kultuurilooline_kollektsioon, lk 72
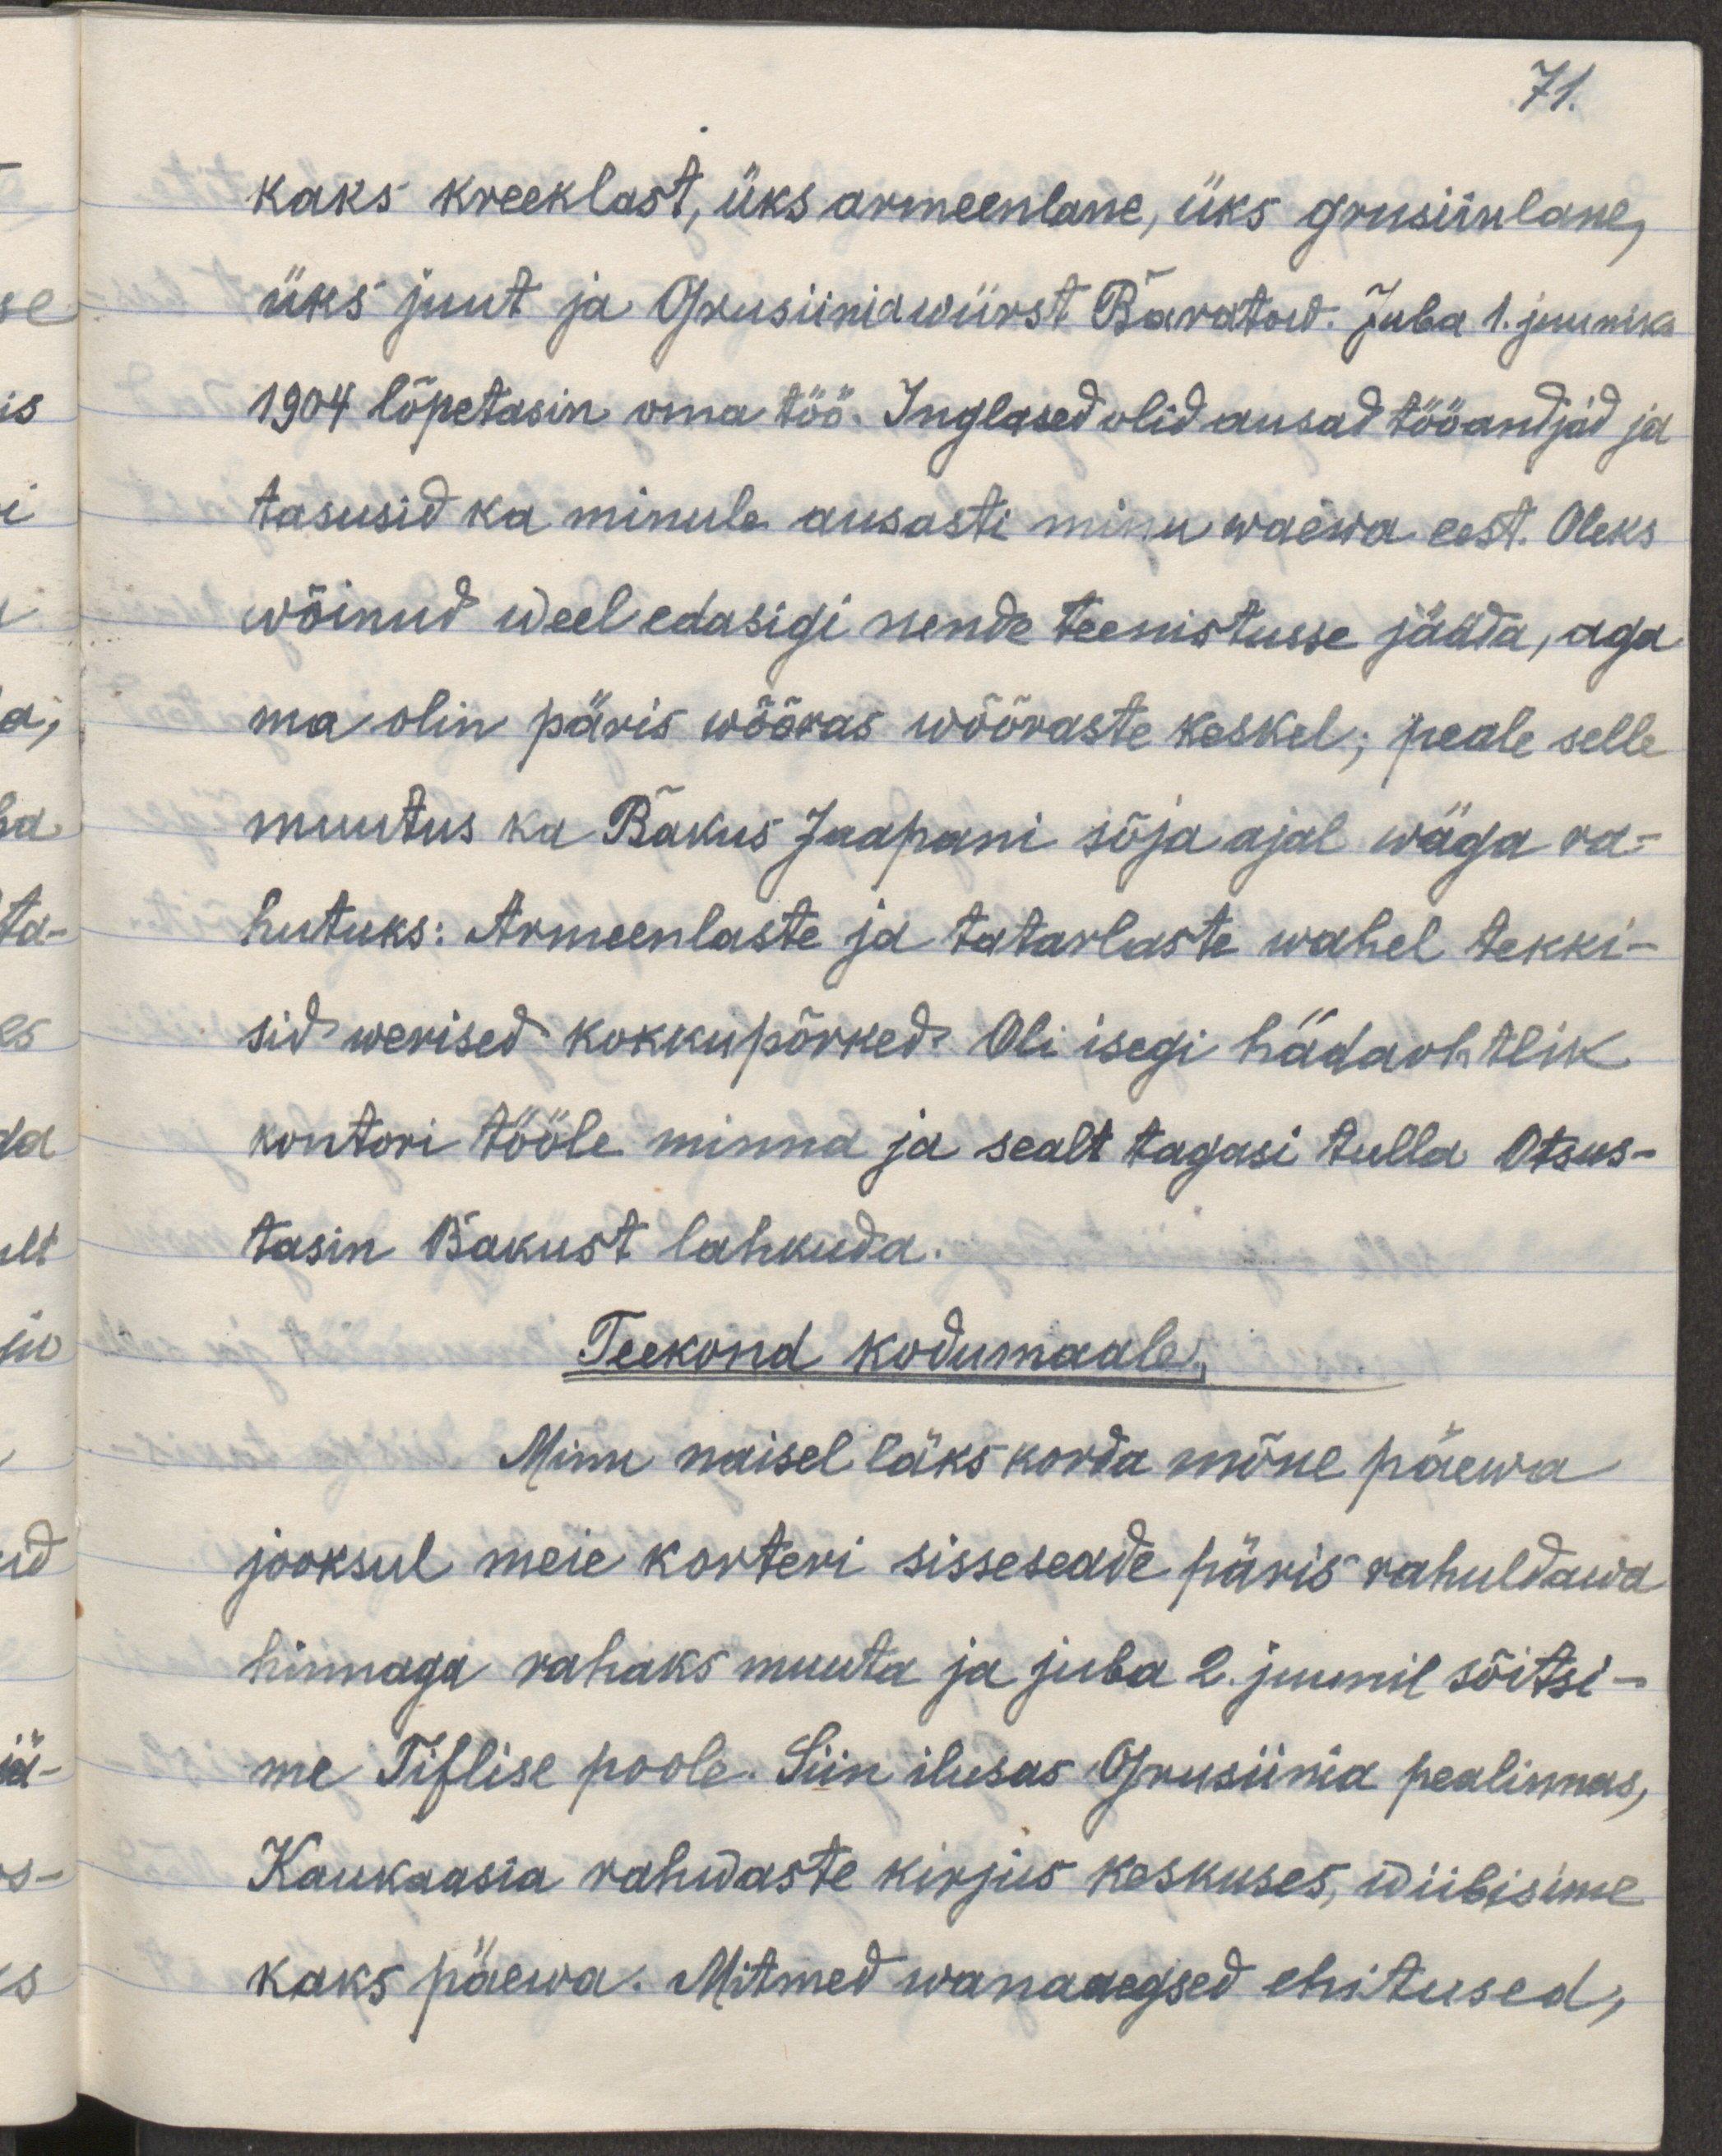
71.
kaks kreeklast, üks armeenlane, üks grusiinlane,
üks juut ja grusiinia würst Baratow. Juba 1. juuniks
1904 lõpetasime oma töö. Inglased olid ausad tööandjad ja
tasusid ka minule ausasti minu waeva eest. Oleks
wõinud weel edasipidigi nende teenistusse jääda, aga
ma olin päris võõras wõõraste keskel; peale selle
muutus ka Bakus Jaapani sõja ajal wäga ra-
hutuks: Armeenlaste ja tatarlaste wahel tekki-
sid werised kokkupõrked. Oli isegi hädaohtlik
kontori tööle minna ja selat tagasi tulla. Otsus-
tasin Bakust lahkuda.
Teekond kodumaale
Minu naisel läks korda mõne päeva
jooksul meie korteri sisseseade päris rahuldawa
hinnaga rahaks muuta ja juba 2. juunil sõitsi-
me Tiflise poole. Siin ilusas Gruusia pealinnas,
Kaukaasia rahwaste kirjus keskuses, wiibisime
kaks päewa. Mitmed wanaaegsed ehitused,